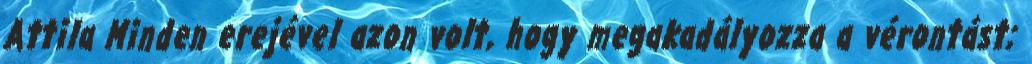
Attila Minden erejével azon volt, hogy megakadályozza a vérontást;